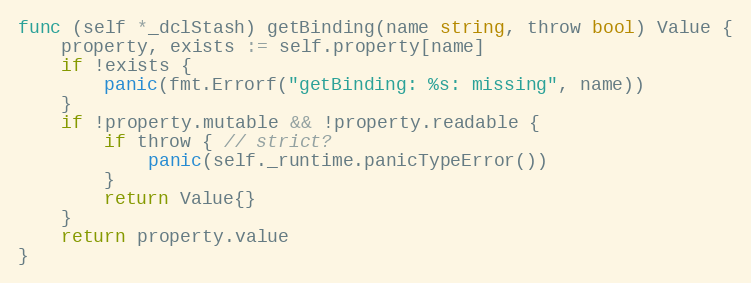
Language: Go
func (self *_dclStash) getBinding(name string, throw bool) Value {
	property, exists := self.property[name]
	if !exists {
		panic(fmt.Errorf("getBinding: %s: missing", name))
	}
	if !property.mutable && !property.readable {
		if throw { // strict?
			panic(self._runtime.panicTypeError())
		}
		return Value{}
	}
	return property.value
}